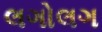
લગોલગ